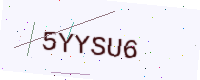
Text: 5YYSU6